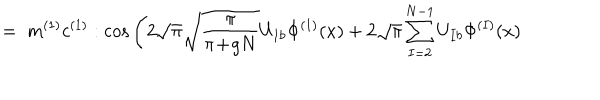
= \; m ^ { ( 1 ) } c ^ { ( 1 ) } : \cos \Bigg ( 2 \sqrt { \pi } \sqrt { \frac { \pi } { \pi \! + \! g N } } U _ { 1 b } \Phi ^ { ( 1 ) } ( x ) + 2 \sqrt { \pi } \sum _ { I = 2 } ^ { N - 1 } U _ { I b } \Phi ^ { ( I ) } ( x )